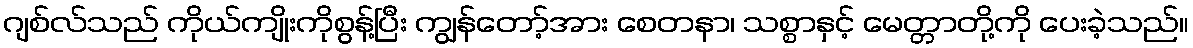
ဂျစ်လ်သည် ကိုယ်ကျိုးကိုစွန့်ပြီး ကျွန်တော့်အား စေတနာ၊ သစ္စာနှင့် မေတ္တာတို့ကို ပေးခဲ့သည်။